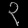
Digit: ၃